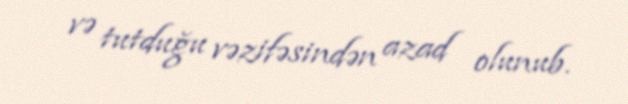
və tutduğu vəzifəsindən azad olunub.